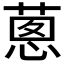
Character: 𦵇